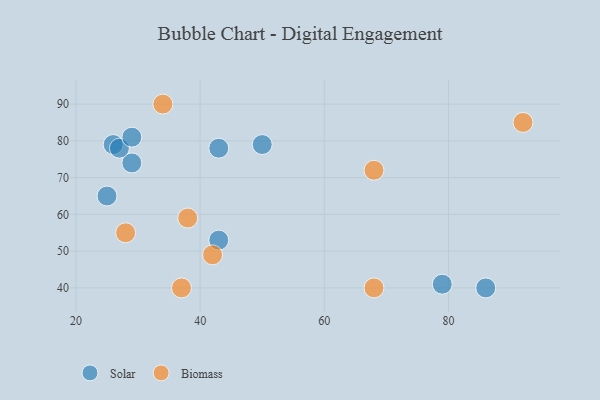
{"axis": {"x": "GDP", "y": "Life Expectancy"}, "legend": ["Biomass", "Solar"], "data": [{"x": "29", "y": 74, "type": "Solar"}, {"x": "43", "y": 78, "type": "Solar"}, {"x": "50", "y": 79, "type": "Solar"}, {"x": "26", "y": 79, "type": "Solar"}, {"x": "79", "y": 41, "type": "Solar"}, {"x": "86", "y": 40, "type": "Solar"}, {"x": "43", "y": 53, "type": "Solar"}, {"x": "25", "y": 65, "type": "Solar"}, {"x": "27", "y": 78, "type": "Solar"}, {"x": "29", "y": 81, "type": "Solar"}, {"x": "68", "y": 72, "type": "Biomass"}, {"x": "38", "y": 59, "type": "Biomass"}, {"x": "28", "y": 55, "type": "Biomass"}, {"x": "68", "y": 40, "type": "Biomass"}, {"x": "34", "y": 90, "type": "Biomass"}, {"x": "37", "y": 40, "type": "Biomass"}, {"x": "92", "y": 85, "type": "Biomass"}, {"x": "42", "y": 49, "type": "Biomass"}]}